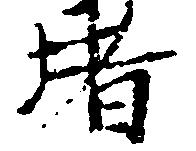
堵